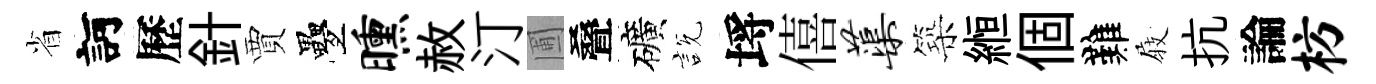
省訶歷針賈疊曛赦汀圃叠礦説埓僖蕖築縆個難𡲆抗論枋